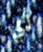
أي